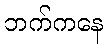
ဘက်ကနေ